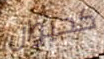
كحيوان